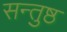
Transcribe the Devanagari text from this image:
सन्तुष्ठ